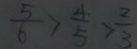
\frac { 5 } { 6 } > \frac { 4 } { 5 } > \frac { 2 } { 3 }